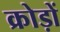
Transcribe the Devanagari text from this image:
क्रोड़ों